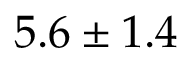
5 . 6 \pm 1 . 4